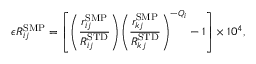
\epsilon R _ { i j } ^ { \mathrm { { S M P } } } = { \left[ { \left( \frac { r _ { i j } ^ { \mathrm { { S M P } } } } { R _ { i j } ^ { \mathrm { { S T D } } } } \right) } { \left( \frac { r _ { k j } ^ { \mathrm { { S M P } } } } { R _ { k j } ^ { \mathrm { { S T D } } } } \right) } ^ { - Q _ { i } } - 1 \right] } \times 1 0 ^ { 4 } ,